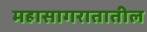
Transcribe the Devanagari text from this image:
महासागरातातील